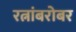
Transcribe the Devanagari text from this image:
रत्नांबरोबर